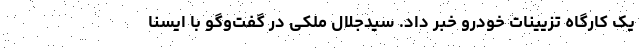
یک کارگاه تزیینات خودرو خبر داد. سیدجلال ملکی در گفت‌وگو با ایسنا